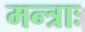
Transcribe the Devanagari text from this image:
मन्त्राः